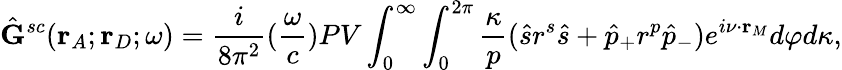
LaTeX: \hat{\mathbf{G}}^{sc}(\mathbf{r}_{A};\mathbf{r}_{D};\omega)=\frac{i}{8\pi^{2}}(\frac{\omega}{c})PV\int_{0}^{\infty}\int_{0}^{2\pi}\frac{\kappa}{p}(\hat{s}r^{s}\hat{s}+\hat{p}_{+}r^{p}\hat{p}_{-})e^{i\mathbf{\nu}\cdot\mathbf{r}_{M}}d{\varphi}d{\kappa},